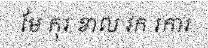
មែ កុរ ខាល វក រការ